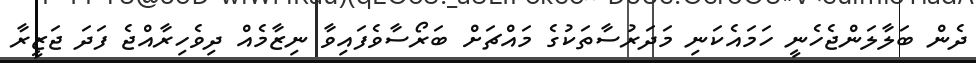
ދެން ބަލާލަންޖެހެނީ ހަމައެކަނި މަދަރުސާތަކުގެ މައްޗަށް ބަރޯސާވެފައިވާ ނިޒާމެއް ދިވެހިރާއްޖެ ފަދަ ޖަޒީރާ